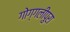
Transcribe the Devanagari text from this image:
गोग्गलीपुरा